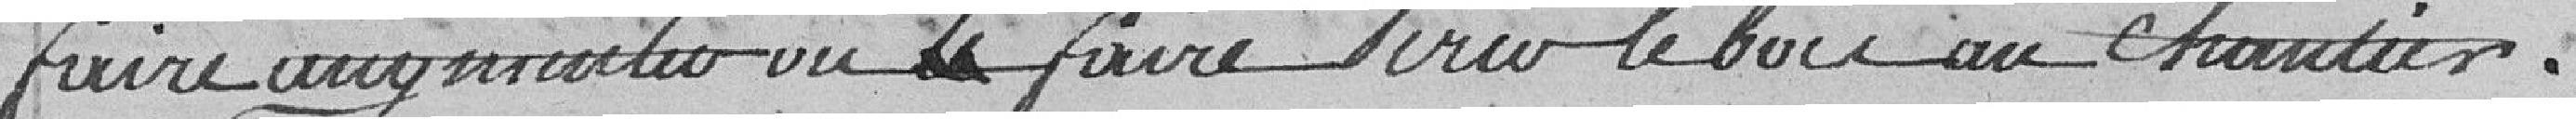
faire augmenter ou faire périr le bois au chantier